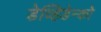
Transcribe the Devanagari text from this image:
डेव्हिडेन्को